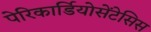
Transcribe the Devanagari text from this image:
पेरिकार्डियोसेंटेसिस